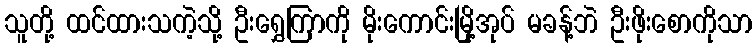
သူတို့ ထင်ထားသကဲ့သို့ ဦးရွှေကြာကို မိုးကောင်းမြို့အုပ် မခန့်ဘဲ ဦးဖိုးစောကိုသာ